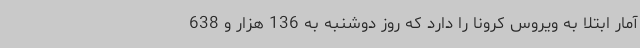
آمار ابتلا به ویروس کرونا را دارد که روز دوشنبه به 136 هزار و 638